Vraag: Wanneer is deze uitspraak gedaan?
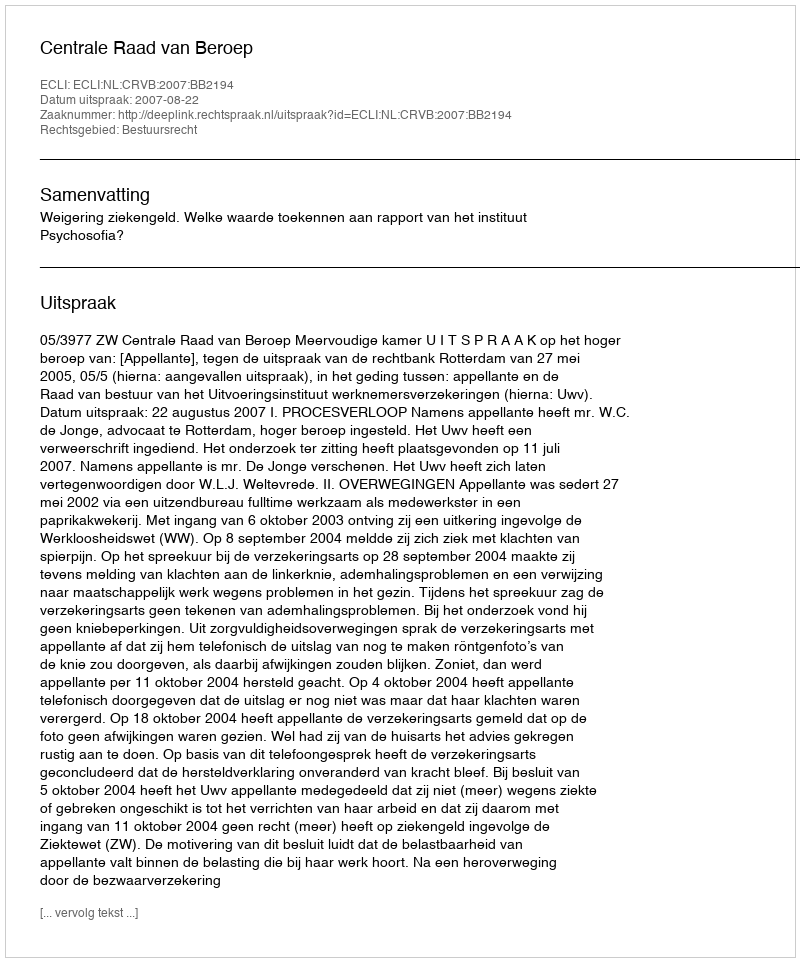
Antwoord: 2007-08-22